Riigikantselei, lk 162
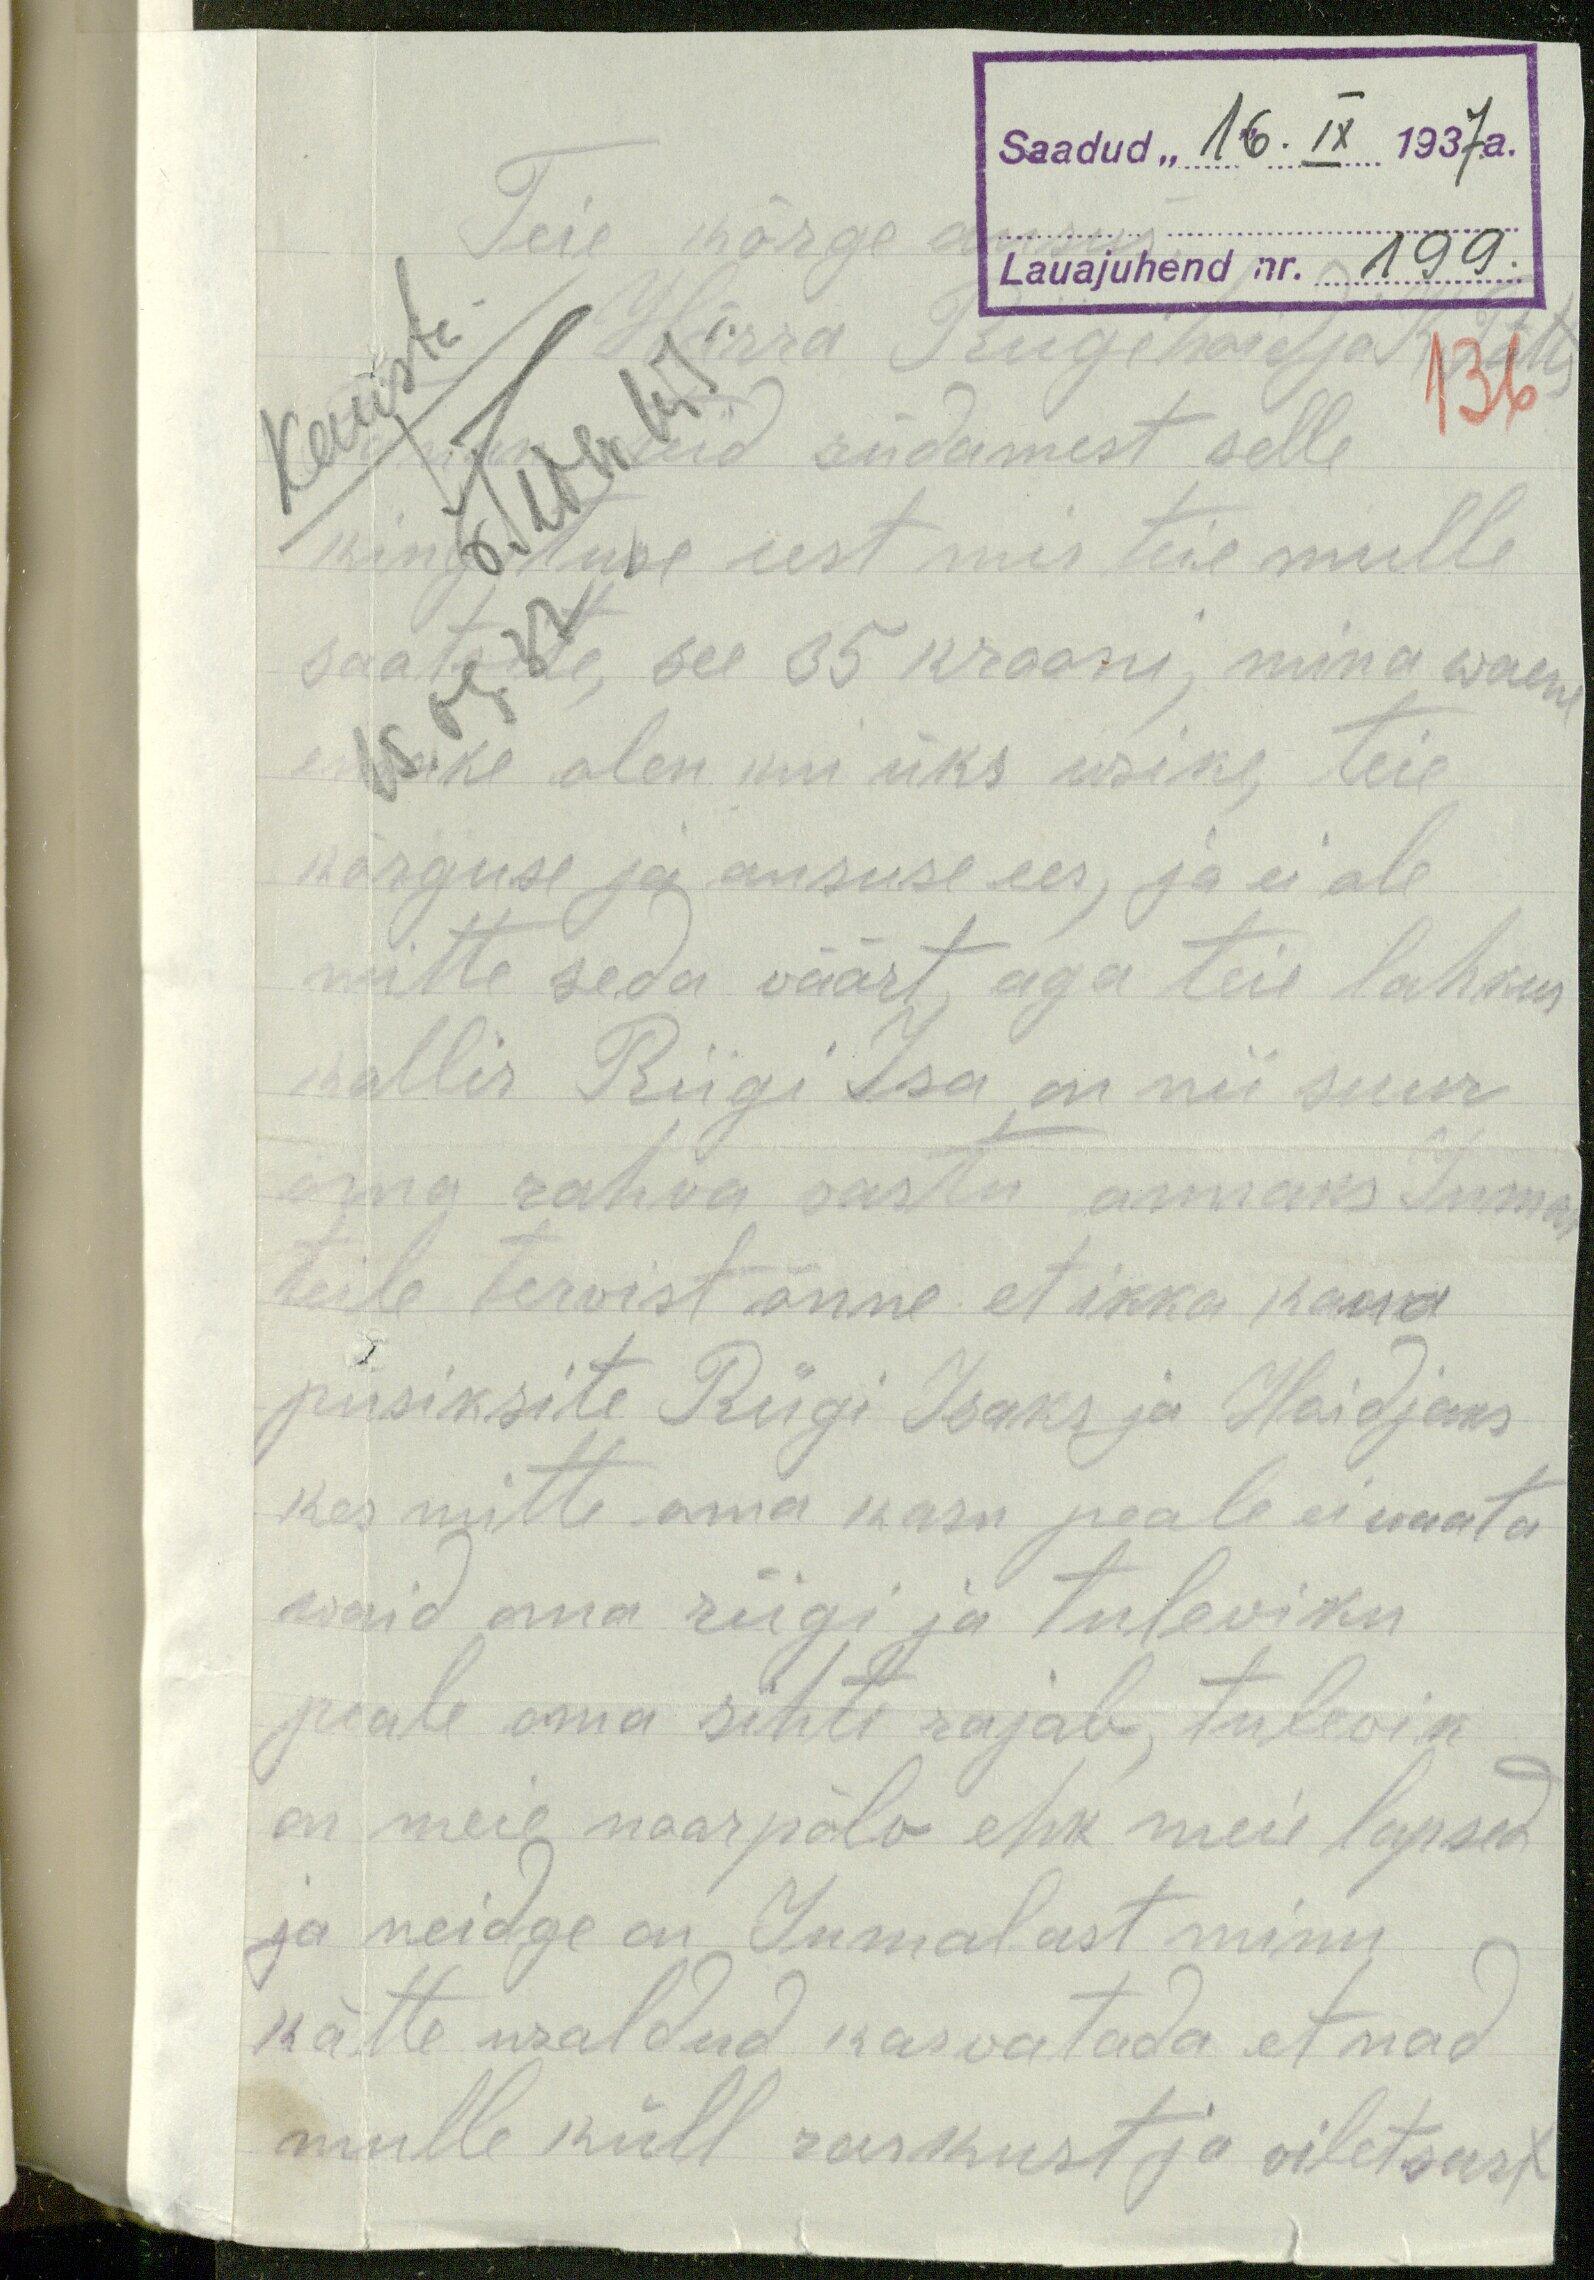
Saadud "16". IX 1937. a.
Lauajuhend nr. 199.
Teie kõrge
Härra Riigihoidja K. Pätts
136
Tänan Teid südamest selle
kingituse eest mis teie mulle
saatsite, see 35 krooni, mina waene
emake olen kui üks usike, teie
kõrguse ja aususe ees, ja ei ole
mitte seda väärt, aga teie lahkus
kallis Riigi Isa, on nii suur
oma rahva vastu annaks Jumal
teile tervist õnne et ikka kaua
püsiksite Riigi Isaks ja Hoidjaks
kes mitte oma kasu peale ei waata
waid oma riigi ja tuleviku
peale oma sihti rajab, tulewik
on meie noorpõlv ehk meie lapsed
ja neidge on Jumalast minu
kätte usaldud kasvatada et nad
mulle küll raskhust ja viletsust